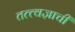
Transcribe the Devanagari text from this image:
तत्त्वज्ञाची